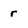
Character: r